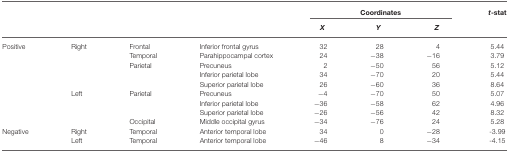
<table><thead><tr><td></td><td></td><td></td><td></td><td colspan="3"><b>Coordinates</b></td><td><b><i>t</i>-stat</b></td></tr><tr><td></td><td></td><td></td><td></td><td><b><i>X</i></b></td><td><b><i>Y</i></b></td><td><b><i>Z</i></b></td></tr></thead><tbody><tr><td>Positive</td><td>Right</td><td>Frontal</td><td>Inferior frontal gyrus</td><td>32</td><td>28</td><td>4</td><td>5.44</td></tr><tr><td></td><td></td><td>Temporal</td><td>Parahippocampal cortex</td><td>24</td><td>−38</td><td>−16</td><td>3.79</td></tr><tr><td></td><td></td><td>Parietal</td><td>Precuneus</td><td>2</td><td>−50</td><td>56</td><td>5.12</td></tr><tr><td></td><td></td><td></td><td>Inferior parietal lobe</td><td>34</td><td>−70</td><td>20</td><td>5.44</td></tr><tr><td></td><td></td><td></td><td>Superior parietal lobe</td><td>26</td><td>−60</td><td>36</td><td>8.64</td></tr><tr><td></td><td>Left</td><td>Parietal</td><td>Precuneus</td><td>−4</td><td>−70</td><td>50</td><td>5.07</td></tr><tr><td></td><td></td><td></td><td>Inferior parietal lobe</td><td>−36</td><td>−58</td><td>62</td><td>4.96</td></tr><tr><td></td><td></td><td></td><td>Superior parietal lobe</td><td>−26</td><td>−56</td><td>42</td><td>8.32</td></tr><tr><td></td><td></td><td>Occipital</td><td>Middle occipital gyrus</td><td>−34</td><td>−76</td><td>24</td><td>5.28</td></tr><tr><td>Negative</td><td>Right</td><td>Temporal</td><td>Anterior temporal lobe</td><td>34</td><td>0</td><td>−28</td><td>−3.99</td></tr><tr><td></td><td>Left</td><td>Temporal</td><td>Anterior temporal lobe</td><td>−46</td><td>8</td><td>−34</td><td>−4.15</td></tr></tbody></table>